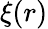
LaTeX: \xi(r)